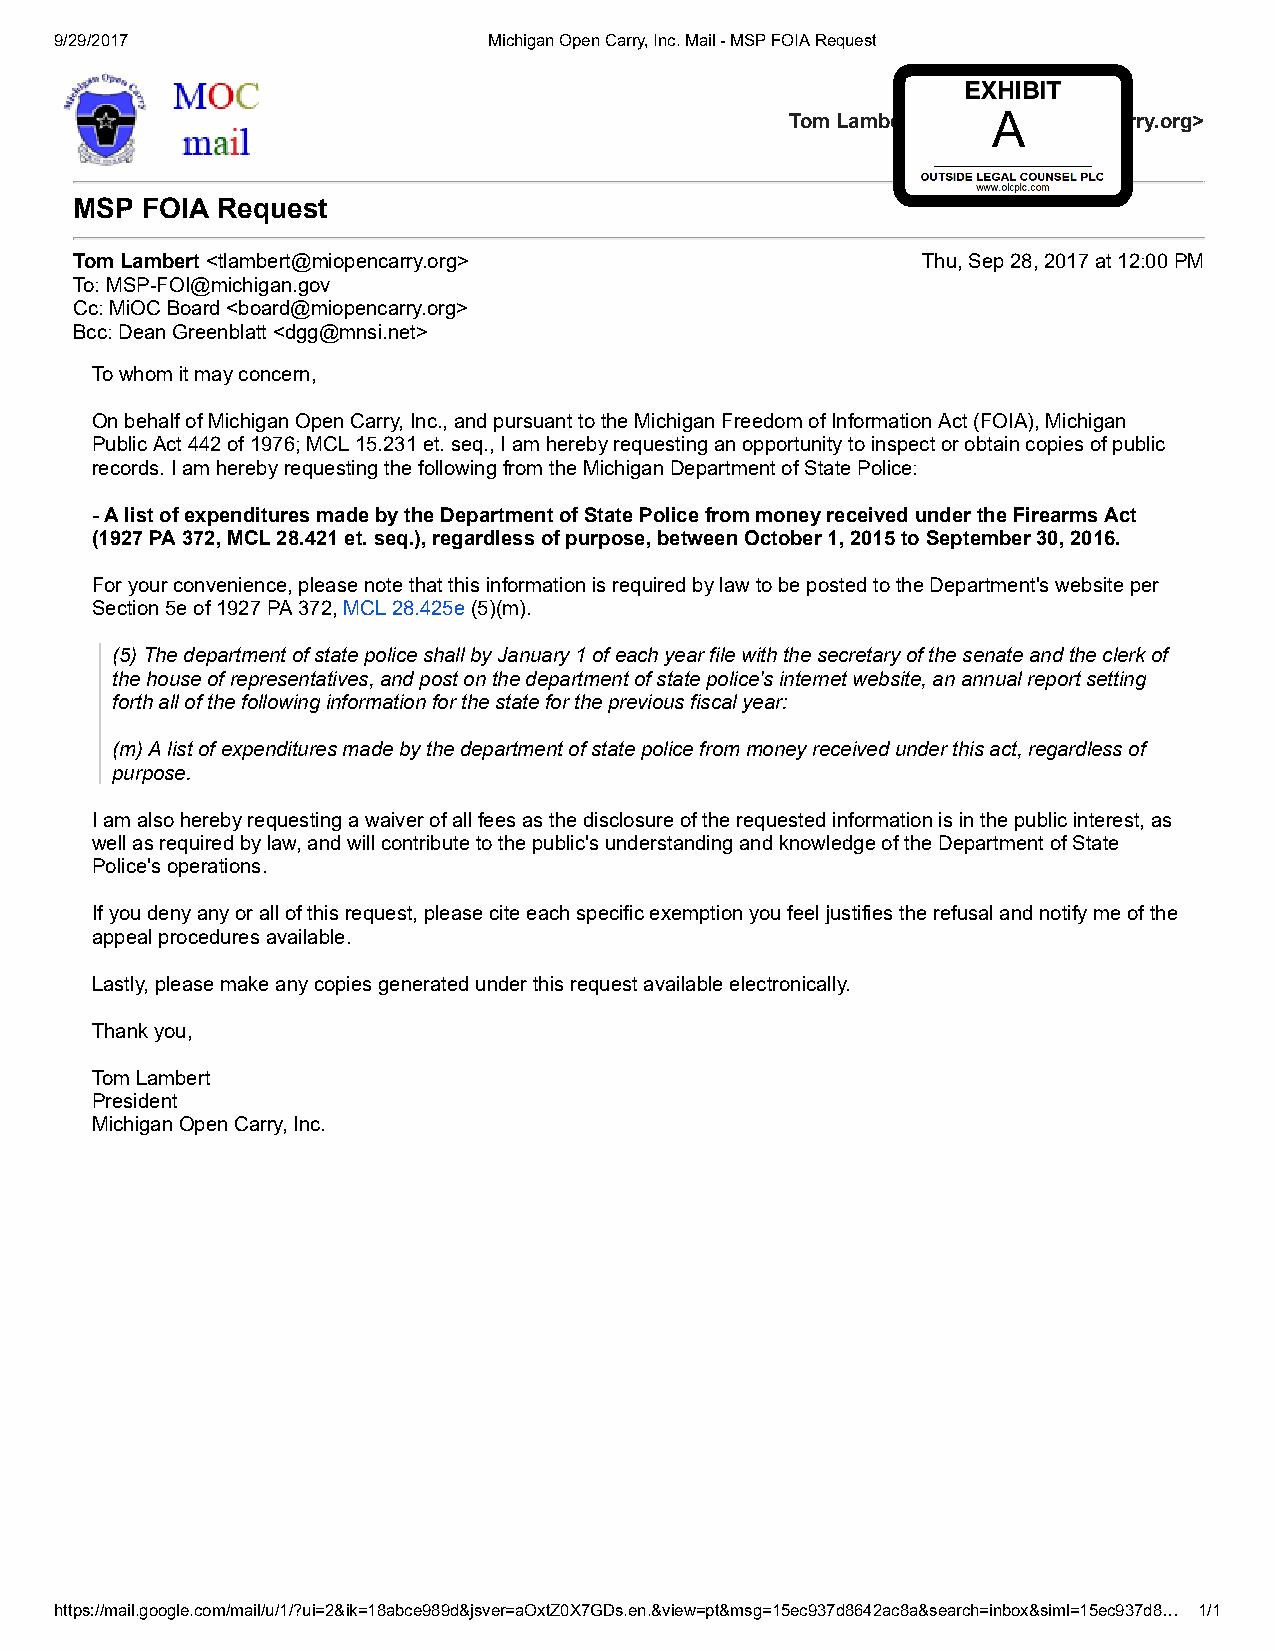
9/29/2017                   Michigan Open Carry, Inc. Mail - MSP FOIA Request
 Tom Lambert <tlambert@miopencarry.org>
 MSP FOIA Request
 Tom Lambert <tlambert@miopencarry.org>                  Thu, Sep 28, 2017 at 12:00 PM
 To: MSP-FOI@michigan.gov
 Cc: MiOC Board <board@miopencarry.org>
 Bcc: Dean Greenblatt <dgg@mnsi.net>
 To whom it may concern,
 On behalf of Michigan Open Carry, Inc., and pursuant to the Michigan Freedom of Information Act (FOIA), Michigan
 Public Act 442 of 1976; MCL 15.231 et. seq., I am hereby requesting an opportunity to inspect or obtain copies of public
 records. I am hereby requesting the following from the Michigan Department of State Police:
 - A list of expenditures made by the Department of State Police from money received under the Firearms Act
 (1927 PA 372, MCL 28.421 et. seq.), regardless of purpose, between October 1, 2015 to September 30, 2016.
 For your convenience, please note that this information is required by law to be posted to the Department's website per
 Section 5e of 1927 PA 372, MCL 28.425e (5)(m).
 (5) The department of state police shall by January 1 of each year file with the secretary of the senate and the clerk of
 the house of representatives, and post on the department of state police's internet website, an annual report setting
 forth all of the following information for the state for the previous fiscal year:
 (m) A list of expenditures made by the department of state police from money received under this act, regardless of
 purpose.
 I am also hereby requesting a waiver of all fees as the disclosure of the requested information is in the public interest, as
 well as required by law, and will contribute to the public's understanding and knowledge of the Department of State
 Police's operations.
 If you deny any or all of this request, please cite each specific exemption you feel justifies the refusal and notify me of the
 appeal procedures available.
 Lastly, please make any copies generated under this request available electronically.
 Thank you,
 Tom Lambert
 President
 Michigan Open Carry, Inc.
 https://mail.google.com/mail/u/1/?ui=2&ik=18abce989d&jsver=aOxtZ0X7GDs.en.&view=pt&msg=15ec937d8642ac8a&search=inbox&siml=15ec937d8… 1/1